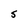
Character: S